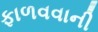
ફાળવવાની